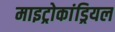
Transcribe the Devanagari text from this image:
माइट्रोकांड्रियल